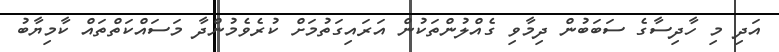
އަދި މި ހާދިސާގެ ސަބަބުން ދިމާވި ގެއްލުންތަކުން އަރައިގަތުމަށް ކުރެވެމުންދާ މަސައްކަތްތައް ކާމިޔާބު